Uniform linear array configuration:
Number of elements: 48
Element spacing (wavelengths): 0.5
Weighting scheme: binomial
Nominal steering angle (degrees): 0
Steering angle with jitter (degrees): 1.641
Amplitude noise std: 0.05
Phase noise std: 0.05

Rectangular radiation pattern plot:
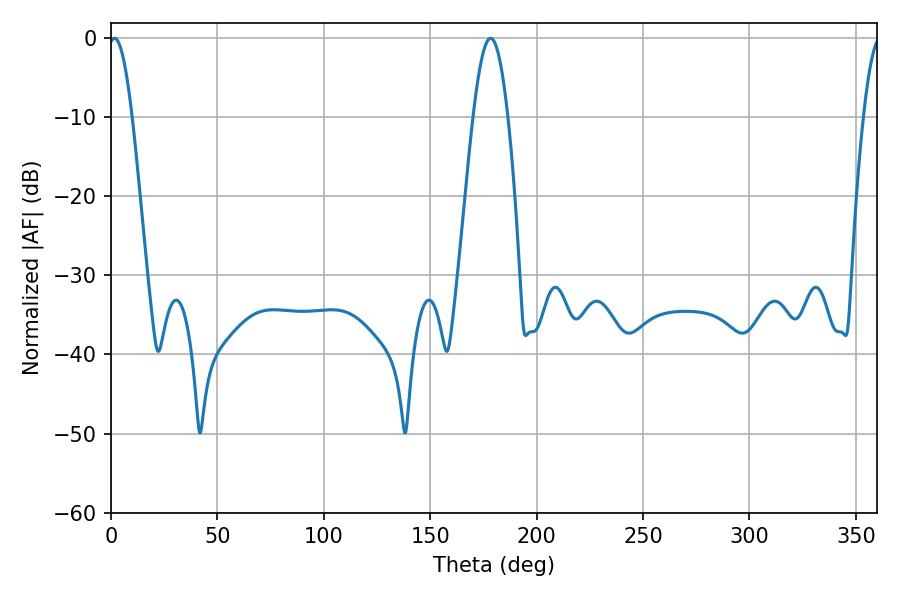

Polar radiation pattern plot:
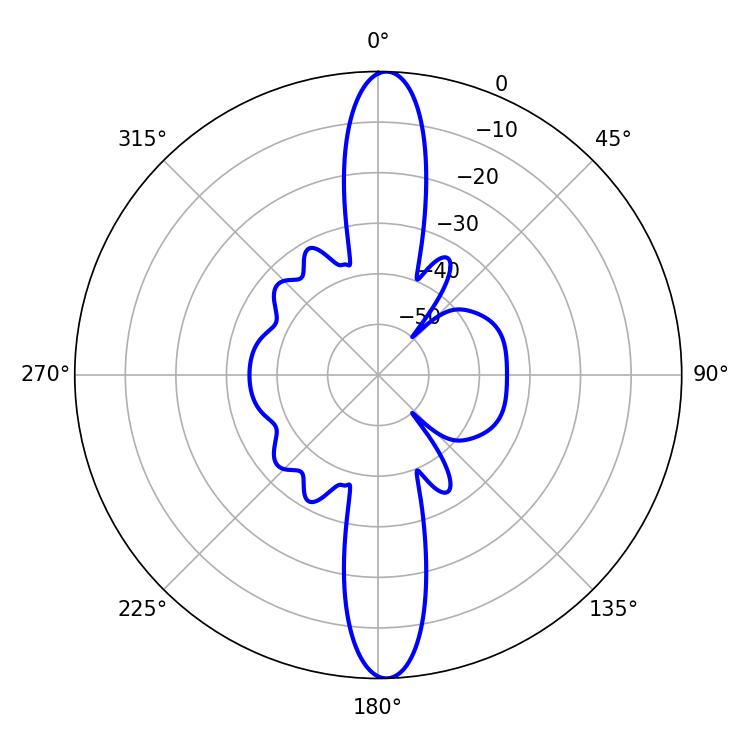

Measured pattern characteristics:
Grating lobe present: FALSE
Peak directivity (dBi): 23.103
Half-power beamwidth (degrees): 6.12
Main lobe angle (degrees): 1.62